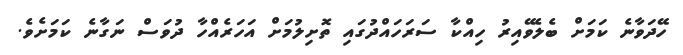
ހޭދަވާނެ ކަމަށް ބެލެވޭއިރު ހިއްކާ ސަރަހައްދުގައި ތޮށިލުމަށް އަހަރެއްހާ ދުވަސް ނަގާނެ ކަމަށެވެ.